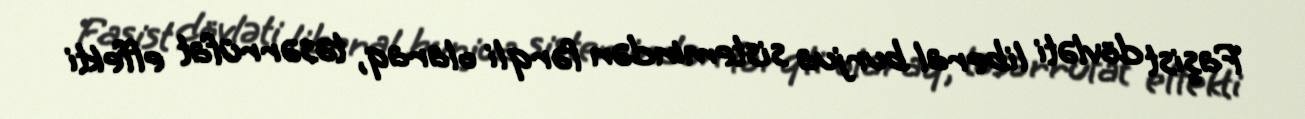
Faşist dövləti liberal burjua sistemindən fərqli olaraq, təsərrüfat effekti